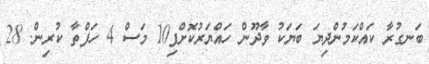
ބަނގުރާ ކައްކަމުންދިޔަ ބަޔަކު ވާދޫން ހައްޔަރުކޮށްފި10 މަސް 4 ހަފްތާ ކުރިން. 28